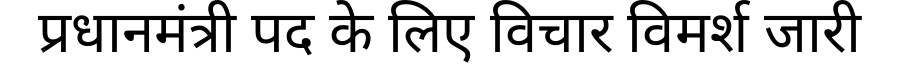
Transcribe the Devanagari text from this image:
प्रधानमंत्री पद के लिए विचार विमर्श जारी